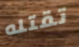
تقتله